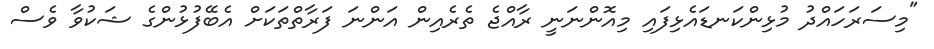
"މިސަރަހައްދު މުޅިންކަނޑައެޅިފައި މިއޮންނަނީ ރާއްޖެ ތެރެއިން އަންނަ ފަރާތްތަކަށް އެބޭފުޅުންގެ ޝަކުވާ ވެސް